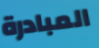
المبادرة